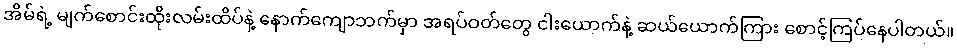
အိမ်ရဲ့ မျက်စောင်းထိုးလမ်းထိပ်နဲ့ နောက်ကျောဘက်မှာ အရပ်ဝတ်တွေ ငါးယောက်နဲ့ ဆယ်ယောက်ကြား စောင့်ကြပ်နေပါတယ်။